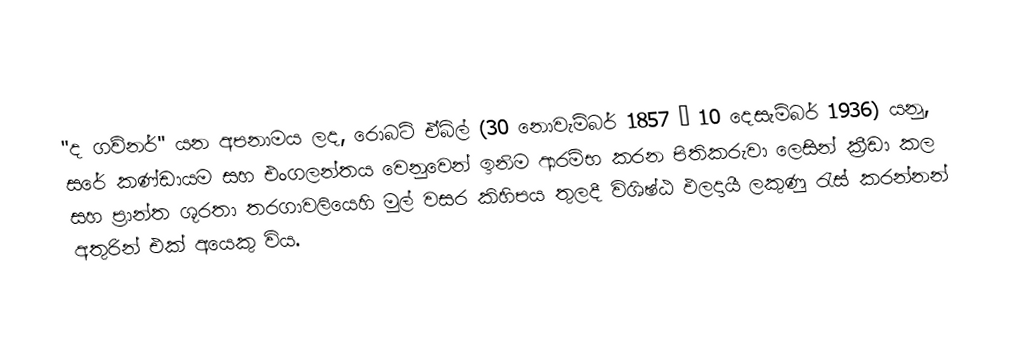
"ද ගව්නර්" යන අපනාමය ලද,  රොබට් ඒබ්ල් (30 නොවැම්බර් 1857 – 10 දෙසැම්බර් 1936) යනු, සරේ කණ්ඩායම සහ එංගලන්තය වෙනුවෙන් ඉනිම ආරම්භ කරන පිතිකරුවා ලෙසින් ක්‍රීඩා කල සහ ප්‍රාන්ත ශූරතා තරගාවලියෙහි මුල් වසර කිහිපය තුලදී විශිෂ්ඨ ඵලදායී ලකුණු රැස් කරන්නන් අතුරින් එක් අයෙකු විය.